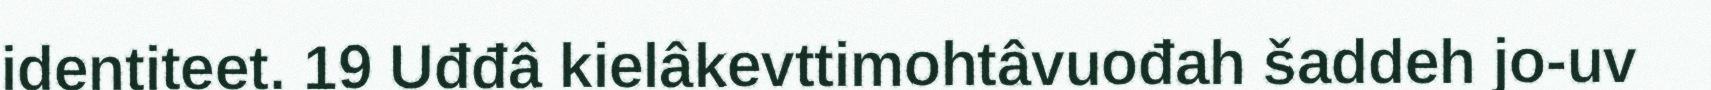
identiteet. 19 Uđđâ kielâkevttimohtâvuođah šaddeh jo-uv